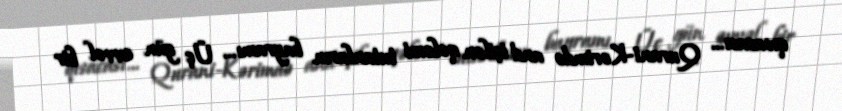
qısacası… Qurani-Kərimdə and içilən qələmi tutanların bayramı… Üç gün əvvəl bir